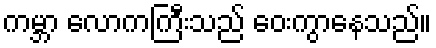
ကမ္ဘာ လောကကြီးသည် ဝေးကွာနေသည်။